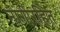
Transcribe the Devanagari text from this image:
नांगीरहित